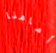
أمامنا